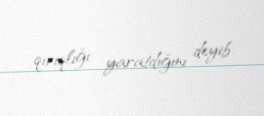
qırıqlığı yaratdığını deyib.